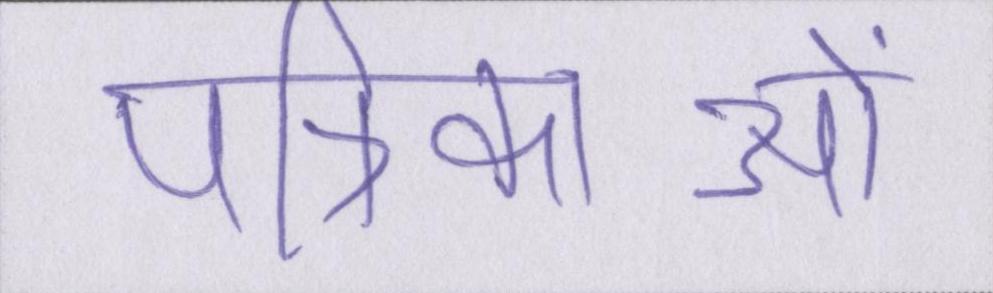
पत्रिकाओं